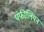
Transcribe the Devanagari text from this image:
पंफीलियन